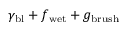
\gamma _ { \mathrm { b l } } + f _ { \mathrm { w e t } } + g _ { \mathrm { b r u s h } }